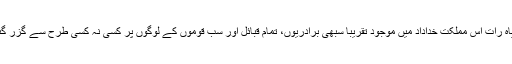
یقینا یہ سیاہ رات اس مملکت خداداد میں موجود تقریبا سبھی برادریوں، تمام قبائل اور سب قوموں کے لوگوں پر کسی نہ کسی طرح سے گزر گئی ہو گی۔